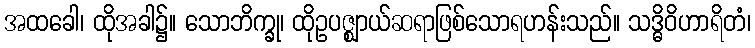
အထခေါ၊ ထိုအခါ၌။ သောဘိက္ခု၊ ထိုဥပဇ္ဈာယ်ဆရာဖြစ်သောရဟန်းသည်။ သဒ္ဓိဝိဟာရိတံ၊